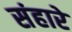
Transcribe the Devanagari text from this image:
संहारे